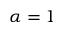
\alpha = 1